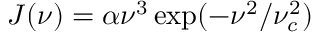
J ( \nu ) = \alpha \nu ^ { 3 } \exp ( - \nu ^ { 2 } / \nu _ { c } ^ { 2 } )